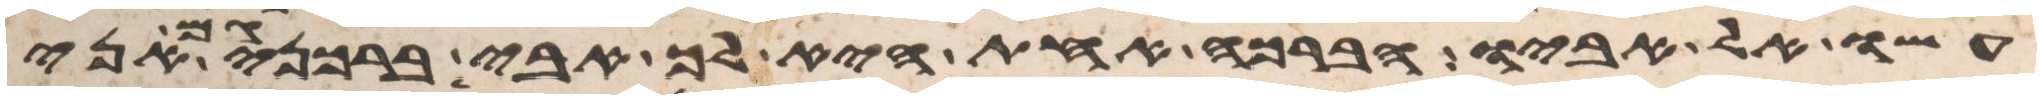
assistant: עשו אל אביו הברכה אחת היא לך אבי ברכני גם אני